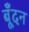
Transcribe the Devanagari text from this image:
बूँदन